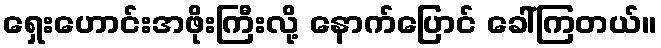
ရှေးဟောင်းအဖိုးကြီးလို့ နောက်ပြောင် ခေါ်ကြတယ်။